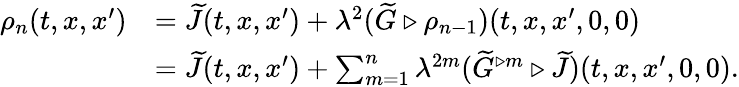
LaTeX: \begin{array}{rl}{\rho_{n}(t,x,x^{\prime})}&{=\widetilde{J}(t,x,x^{\prime})+\lambda^{2}(\widetilde{G}\triangleright\rho_{n-1})(t,x,x^{\prime},0,0)}\\ &{=\widetilde{J}(t,x,x^{\prime})+\sum_{m=1}^{n}\lambda^{2m}(\widetilde{G}^{\triangleright m}\triangleright\widetilde{J})(t,x,x^{\prime},0,0).}\end{array}